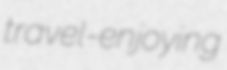
travel-enjoying